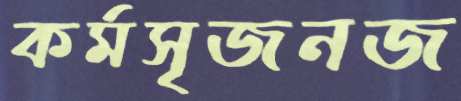
কর্মসৃজনজ